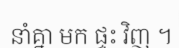
នាំគ្នា មក ផ្ទះ វិញ ។